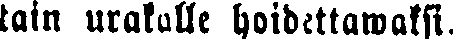
tain urakalle hoidettawaksi.